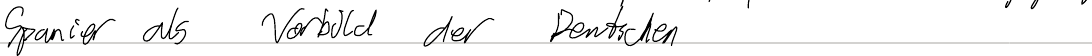
Spanier als Vorbild der Deutschen